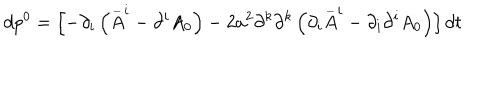
d p ^ { 0 } = \left[ - \partial _ { i } \left( \stackrel { \_ } { A } ^ { i } - \partial ^ { i } A _ { 0 } \right) - 2 a ^ { 2 } \partial ^ { k } \partial ^ { k } \left( \partial _ { i } \stackrel { \_ } { A } ^ { i } - \partial _ { i } \partial ^ { i } A _ { 0 } \right) \right] d t